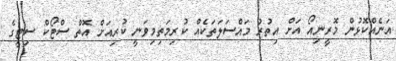
އަނެއްކޮޅުން މޮރީނިއޯ އަށް އިތުރު މައްސަލަތަކެއް ކުރިމަތިމިވަނީ ކުރިއަށް އޮތް ސްޓޯކް ސިޓީގެ